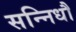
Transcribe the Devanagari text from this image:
सन्निधौ